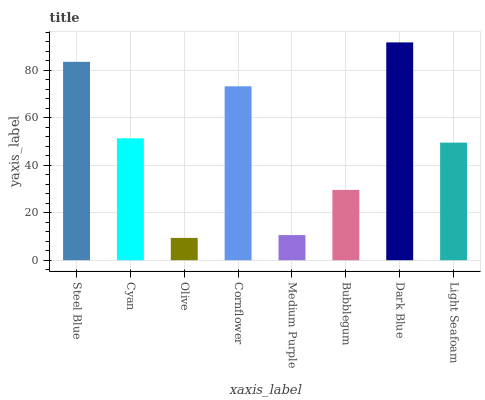
| xaxis_label | bars |
 | --- | --- |
 | Steel Blue | 83.6 |
 | Cyan | 51.4 |
 | Olive | 9.4 |
 | Cornflower | 73.3 |
 | Medium Purple | 10.6 |
 | Bubblegum | 29.6 |
 | Dark Blue | 91.7 |
 | Light Seafoam | 49.5 |